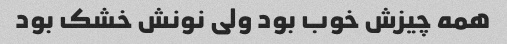
همه چیزش خوب بود ولی نونش خشک بود